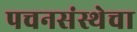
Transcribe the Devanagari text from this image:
पचनसंस्थेचा